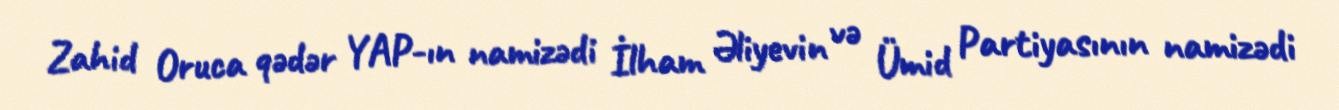
Zahid Oruca qədər YAP-ın namizədi İlham Əliyevin və Ümid Partiyasının namizədi